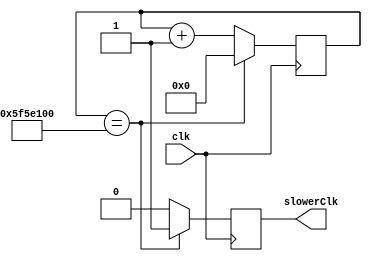
`timescale 1ns / 1ps
//////////////////////////////////////////////////////////////////////////////////
// Company: 
// Engineer: 
// 
// Design Name: 
// Module Name: clk_div
// Project Name: 
// Target Devices: 
// Tool Versions: 
// Description: 
// 
// Dependencies: 
// 
// Revision:
// Revision 0.01 - File Created
// Additional Comments:
// 
//////////////////////////////////////////////////////////////////////////////////


module clk_div (input clk, output reg slowerClk);
reg [31:0] counter;
always@(posedge clk) begin
if(counter == 100000000) begin//100000000 is threshold, it is close to 1 sec 6250000
slowerClk <= 1;//signal new clk signal
counter <= 0;
end
else begin
slowerClk <= 0;
counter <= counter+1;
end
end

endmodule